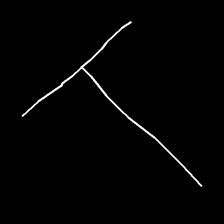
Glyph: column